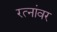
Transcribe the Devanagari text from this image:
रत्‍नांवर